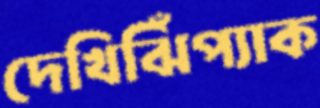
দেখিঝিঁপ্যাক